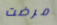
مرضت